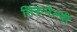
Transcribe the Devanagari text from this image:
तिरूनेल्वी